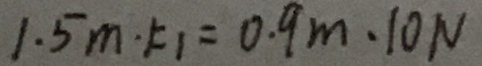
1 . 5 m \cdot F _ { 1 } = 0 . 9 m \cdot 1 0 N